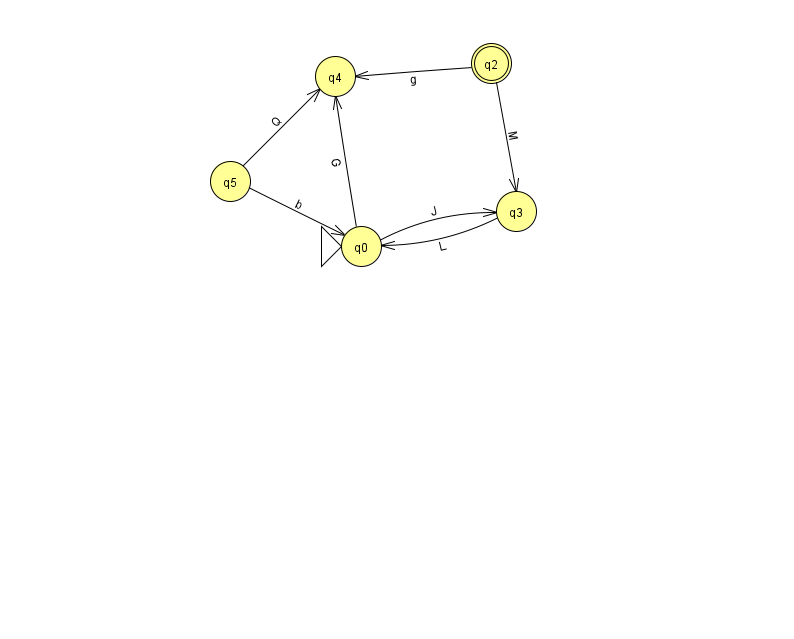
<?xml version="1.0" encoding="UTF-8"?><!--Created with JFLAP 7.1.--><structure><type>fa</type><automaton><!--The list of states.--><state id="0" name="q0"><x>361.0</x><y>233.0</y><initial/></state><state id="2" name="q2"><x>491.0</x><y>50.0</y><final/></state><state id="3" name="q3"><x>516.0</x><y>198.0</y></state><state id="4" name="q4"><x>335.0</x><y>63.0</y></state><state id="5" name="q5"><x>230.0</x><y>168.0</y></state><!--The list of transitions.--><transition><from>0</from><to>4</to><read>G</read></transition><transition><from>5</from><to>4</to><read>Q</read></transition><transition><from>2</from><to>4</to><read>g</read></transition><transition><from>5</from><to>0</to><read>b</read></transition><transition><from>0</from><to>3</to><read>J</read></transition><transition><from>2</from><to>3</to><read>M</read></transition><transition><from>3</from><to>0</to><read>L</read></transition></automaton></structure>